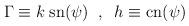
LaTeX: \begin{align*}\Gamma \equiv k \; {\rm sn}(\psi) \;\; , \;\;h \equiv {\rm cn}(\psi) \end{align*}